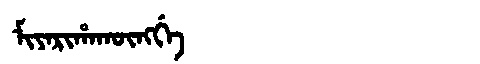
Manchu: ᠮᡳᠶᠠᡵᡳᡥᠠᡴᡡᠩᡤᡝ
Romanization: MIYARIHAKŪNGGE